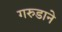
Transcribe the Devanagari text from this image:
गरुडाने